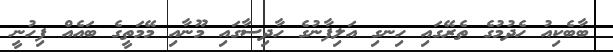
ބާބެކިއު ހެދުމުގެ ތެރޭގައި ހިނގި އަލިފާނުގެ ހާދިސާގައި މޫނާއި މޭމަތީގެ ބައެއް ފިހުނީ